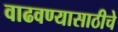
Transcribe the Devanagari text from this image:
वाढवण्यासाठीचे